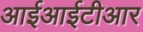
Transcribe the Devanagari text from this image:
आईआईटीआर